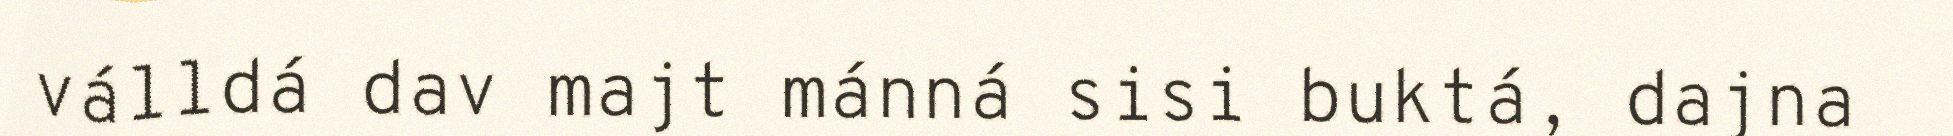
válldá dav majt mánná sisi buktá, dajna